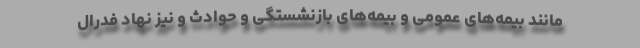
مانند بیمه‌های عمومی و بیمه‌های بازنشستگی و حوادث و نیز نهاد فدرال